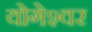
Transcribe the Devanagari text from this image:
योगेश्‍वर